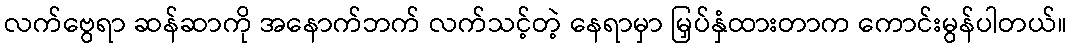
လက်ဗွေရာ ဆန်ဆာကို အနောက်ဘက် လက်သင့်တဲ့ နေရာမှာ မြှပ်နှံထားတာက ကောင်းမွန်ပါတယ်။